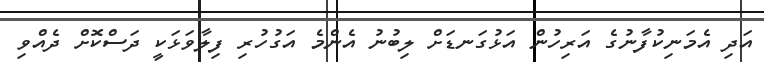
އަދި އެމަނިކުފާނުގެ އަރިހުން އަޅުގަނޑަށް ލިބުނު އެންމެ އަގުހުރި ފިލާވަޅަކީ ދަސްކޮށް ދެއްވި